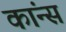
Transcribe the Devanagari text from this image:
कांन्स